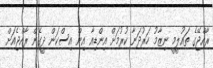
ރާއްޖޭގެ ތައުލީމީ ނިޒާމު ހަރުދަނާ ކުރުމަށް އިންޑިއާ އިން އިސްކަން ދީގެން ރާއްޖެއަށް